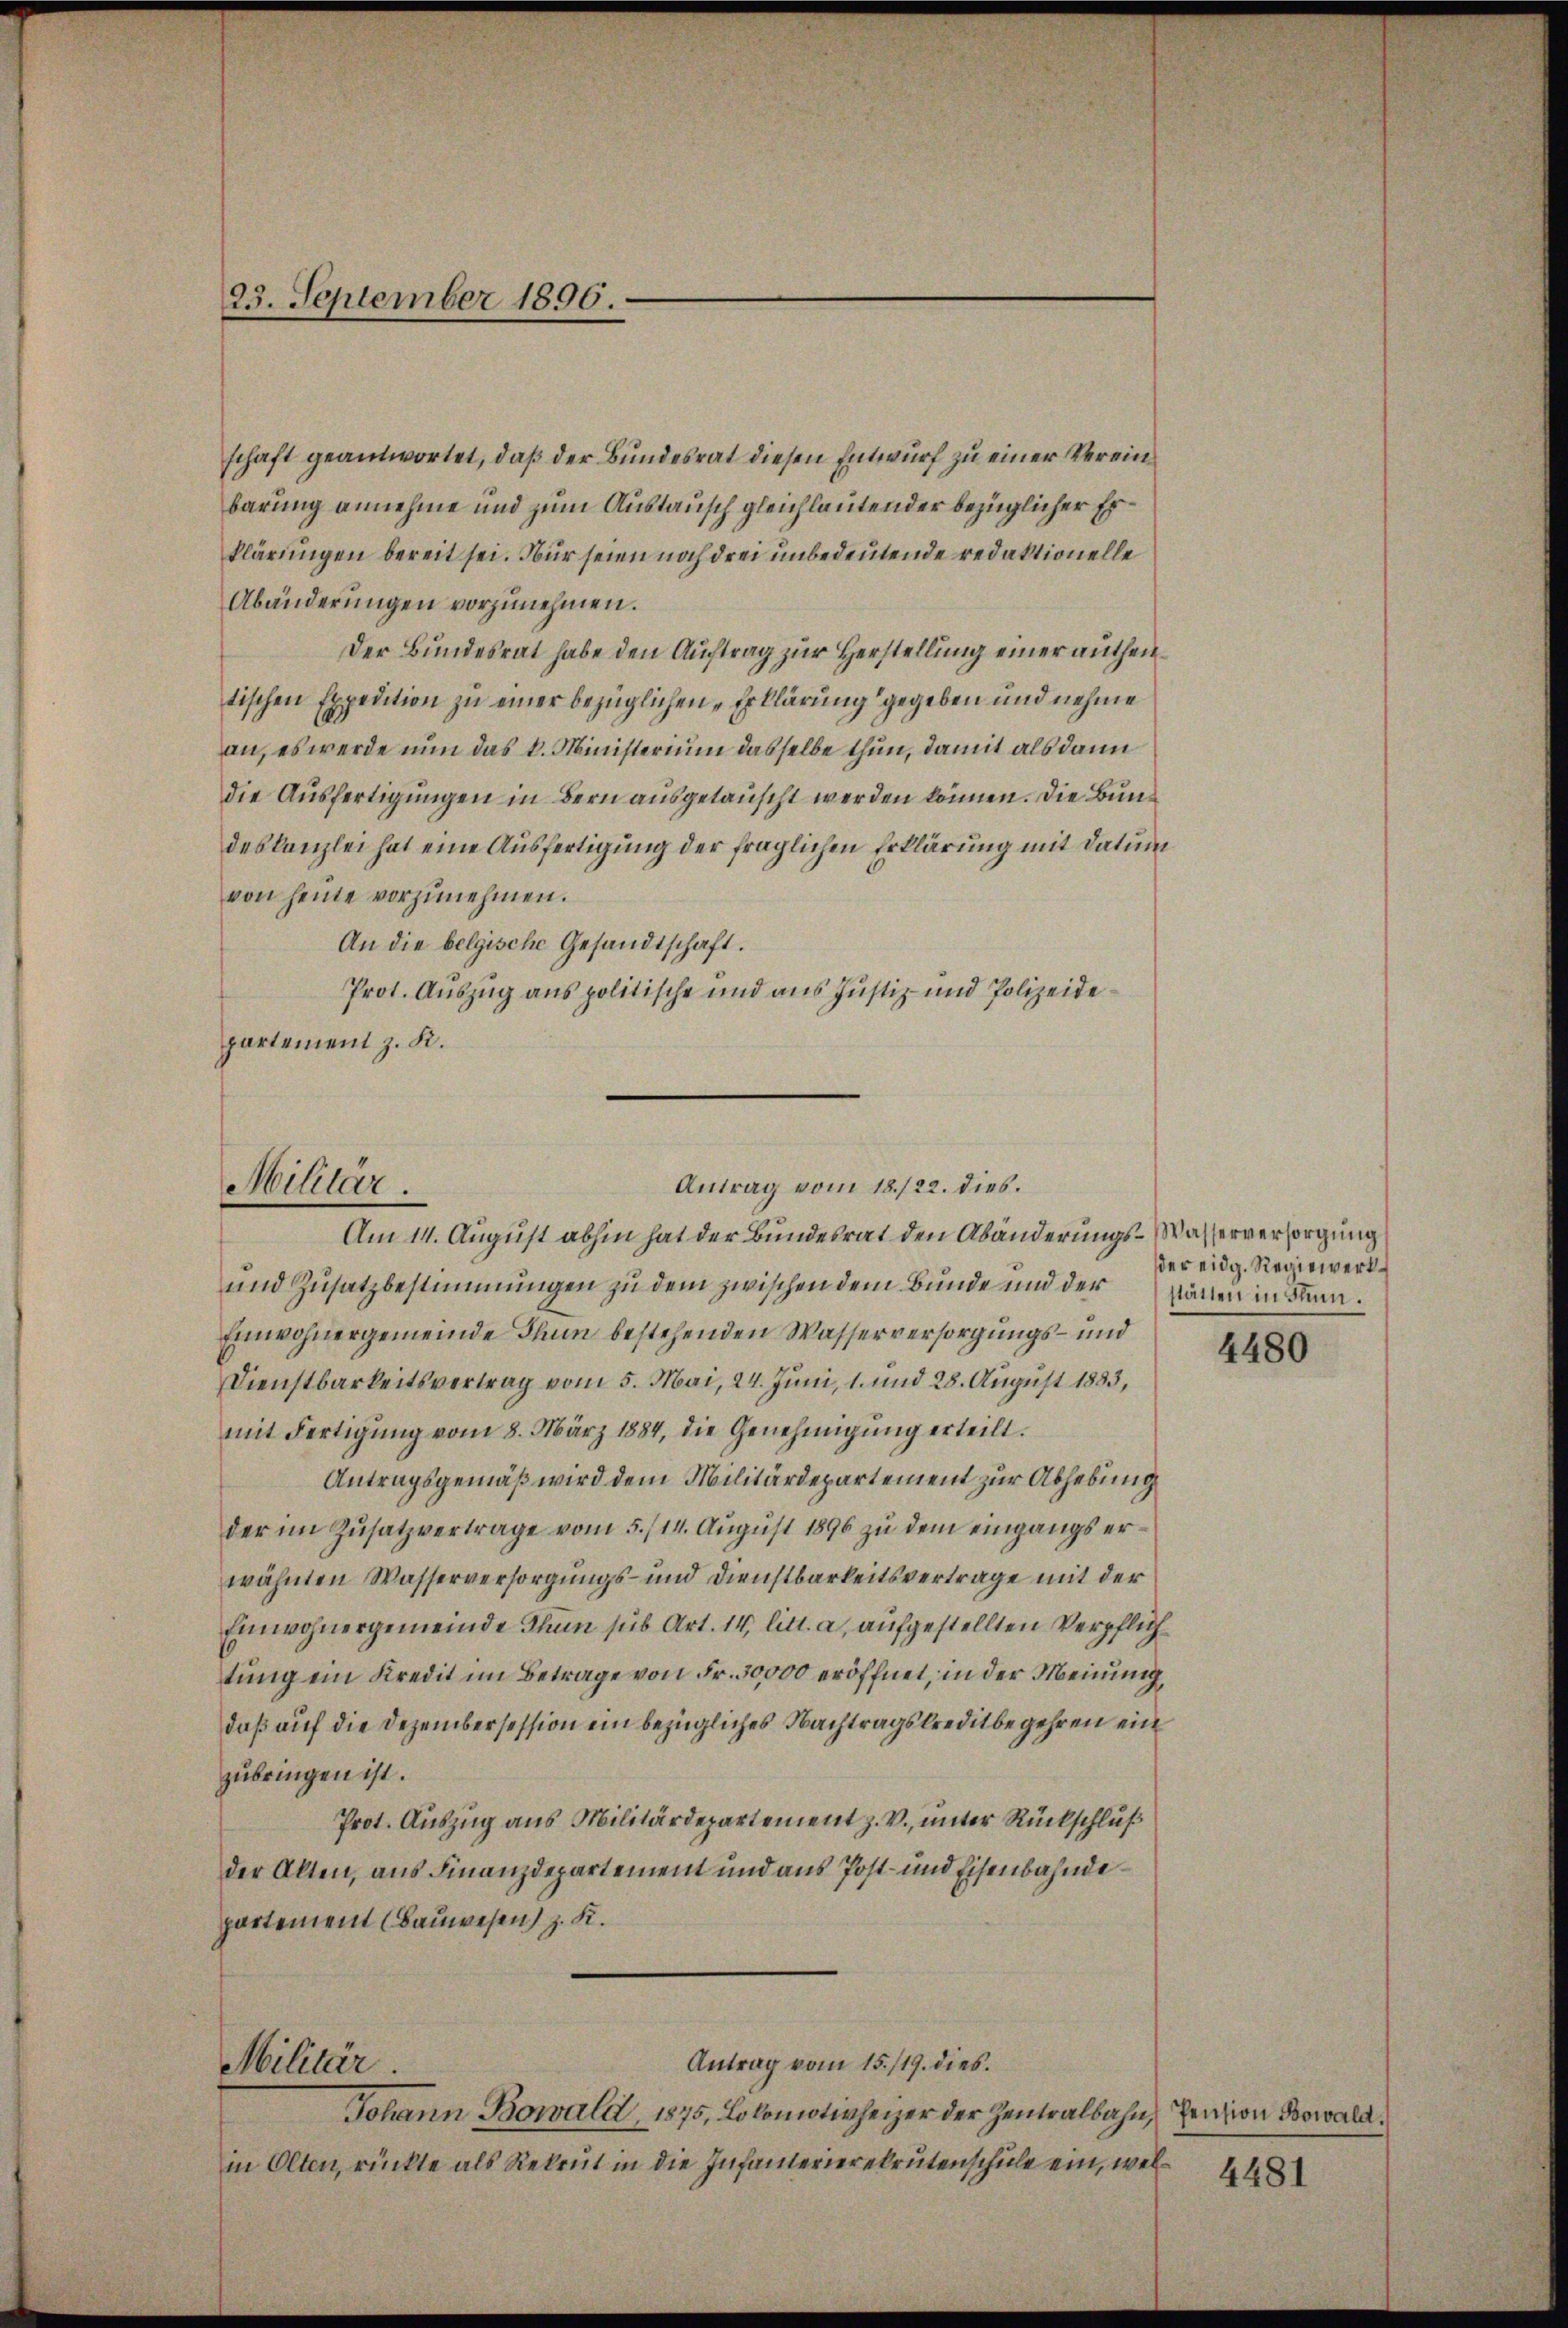
23. September 1896.

schaft geantwortet, daß der Bundesrat diesen Entwurf zu einer Vereinbarung annehme und zum Austausch gleichlautender bezüglicher Erklärungen bereit sei. Nur seien noch drei unbedeutende redaktionelle
Abänderungen vorzunehmen.
Der Bundesrat habe den Auftrag zur Herstellung einer autheitischen Expedition zu einer bezüglichen Erklärung gegeben und nehme
an, es werde nun das k. Ministerium dasselbe thun, damit als dann
die Ausfertigungen in Bern ausgetauscht werden können. Die Bundeskanzlei hat eine Ausfertigung der fraglichen Erklärung mit Datum
von heute vorzunehmen.
An die belgische Gesandtschaft.
Prot. Auszug aus politische und aus Justiz- und Polizeidepartement z. K.

Militar.

Am 14. August abhin hat der Bundesrat den Abänderungs-Wasserversorgung
und Zusatzbestimmungen zu dem zwischen dem Bunde und der
Einwohnergemeinde Thun bestehenden Wasserversorgungs- und
Dienstbarkeitsvertrag vom 5. Mai, 24. Juni, 1. und 28. August 1883,
mit Fertigung vom 8. März 1884, die Genehmigung erteilt.
Antragsgemäß wird dem Militärdepartement zur Abhebung
der im Zusatzvertrage vom 5./14. August 1896 zu dem eingangs erwähnten Wasserversorgungs- und Dienstbarkeitsvertrage mit der
Einwohnergemeinde Thun sub Art. 14 litt. a, aufgestellten Verpflichtung ein Kredit im Betrage von Fr. 30000 eröffnet, in der Meinung,
daß auf die Dezembersession ein bezügliches Nachtragskreditbegehren ein
zubringen ist.
Prot. Auszug aus Militärdepartement z. V., unter Rückschluß
der Alten, aus Finanzdepartement und aus Post- und Eisenbahndepartement (Bauwesen) z. R.

Antrag vom 18./22. dies.

Antrag vom 15./19. dies
Militär.
Johann Bowald, 1875, Lokomotivheizer der Zentralbahn, Pension Bowald

in Olten, rückte als Rekrut in die Infanterierekrutenschule ein, wel¬

der eidg. Regiewerkstätten in Flum.

4480

4481